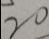
2 0